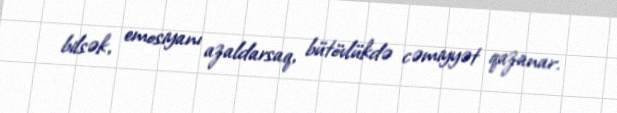
bilsək, emosiyanı azaldarsaq, bütövlükdə cəmiyyət qazanar.